Vaccination United Provinces of Agra and Oudh 1923-1928 - 1923-1928
Year: 1923
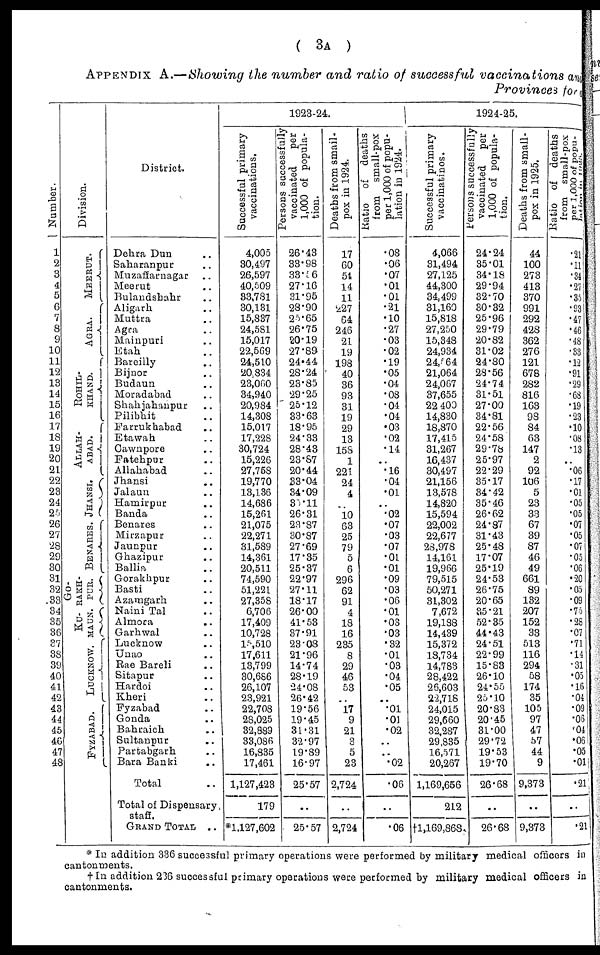
( 3A )
APPENDIX A.—Showing the number and ratio of successful vaccinations and
Provinces for
Number.
1
2
3
4
5
6
7
8
9
10
11
12
13
14
15
16
17
18
19
20
21
22
23
24
25
26
27
28
29
30
31
32
33
34
35
36
37
38
39
40
41
42
43
44
45
46
47
48
Division.
MEERUT.
AGRA.
ROHIL¬
KHAND.
ALLAH¬
----.
JHANSI.
BENARES.
GO¬
RAKH¬
PUR.
KU¬
MAUN.
LUCKNOW.
FYZABAD.
District.
Dehra Dun ..
Saharanpur ..
Muzaffarnagar ..
Meerut ..
Bulandshahr ..
Aligarh ..
Muttra ..
Agra ..
Mainpuri ..
Etah ..
Bareilly ..
Bijnor ..
Budaun ..
Moradabad ..
Shahjahanpur ..
Pilibhit ..
Farrukhabad ..
Etawah ..
Cawnpore ..
Fatehpur ..
Allahabad ..
Jhansi ..
Jalaun ..
Hamirpur ..
Banda ..
Benares ..
Mirzapur ..
Jaunpur ..
Ghazipur ..
Ballia ..
Gorakhpur ..
Basti ..
Azamgarh ..
Naini Tal ..
Almora ..
Garhwal ..
Lucknow ..
Unao ..
Rae Bareli ..
Sitapur ..
Hardoi ..
Kheri ..
Fyzabad ..
Gonda ..
Bahraich ..
Sultanpur ..
Partabgarh ..
Bara Banki ..
Total ..
Total of Dispensary
staff.
GRAND TOTAL ..
1923-24.
Successful primary
vaccinations.
4,005
30,497
26,597
40,509
33,781
30,131
15,837
24,581
15,017
22,569
24,510
20,834
23,060
34,940
20,984
14,308
15,017
17,228
30,724
15,226
27,758
19,770
13,136
14,686
15,261
21,075
22,271
31,589
14,361
20,511
74,590
51,221
27,358
6,706
17,409
10,728
15,510
17,611
13,799
30,686
26,107
23,921
22,708
28,025
32,889
33,086
16,835
17,461
1,127,423
179
*1,127,602
Persons successfully
vaccinated
per
1,000 of popula-
tion.
26.43
33.98
33.56
27.16
31.95
28.90
25.65
26.75
20.19
27.89
24.44
28.24
23.85
29.25
25.12
33.63
18.95
24.33
28.43
23.87
20.44
33.04
34.09
35.11
26.31
23.87
30.87
27.69
17.35
25.37
22.97
27.11
18.17
26.00
41.53
37.91
23.08
21.96
14.74
28.19
24.08
26.42
19.56
19.45
31.31
32.97
19.89
16.97
25.57
..
25.57
Deaths from small-
pox in 1924.
17
60
54
14
11
227
64
246
21
19
198
40
36
93
31
19
29
13
158
1
221
24
4
..
10
63
25
79
5
6
296
62
91
4
18
16
235
8
29
46
53
..
17
9
21
3
5
23
2,724
..
2,724
Ratio of deaths
from small-pox
per 1,000 of popu-
lation in 1924.
.08
.06
.07
.01
.01
.21
.10
.27
.03
.02
.19
.05
.04
.08
.04
.04
.03
.02
.14
..
.16
.04
.01
..
.02
.07
.03
.07
.01
.01
.09
.03
.06
.01
.03
.03
.32
.01
.03
.04
.05
..
.01
.01
.02
..
..
.02
.06
..
.06
1924-25.
Successful primary
vaccinatinos.
4,066
31,494
27,125
44,300
34,499
31,160
15,818
27,250
15,348
24,934
24,564
21,064
24,067
37,655
22,400
14,830
18,870
17,415
31,267
16,437
30,497
21,156
13,578
14,820
15,594
22,002
22,677
28,978
14,161
19,966
79,515
50,271
31,302
7,672
19,188
14,439
15,372
18,734
14,783
28,422
26,603
22,718
24,015
29,660
32,287
29,835
16,571
20,267
1,169,656
212
†1,169,868
Persons successfully
vaccinated
per
1,000 of popula-
tion.
24.24
35.01
34.18
29.94
32.70
30.32
25.96
29.79
20.82
31.02
24.80
23.56
24.74
31.51
27.00
34.81
22.56
24.58
29.78
25.97
22.29
35.17
34.42
35.46
26.62
24.87
31.43
25.48
17.07
25.19
24.53
26.75
20.65
35.21
52.35
44.43
24.51
22.99
15.83
26.10
24.55
25.10
20.83
20.45
31.00
29.72
19.53
19.70
26.68
..
26.68
Deaths from small-
pox in 1925.
44
100
273
413
370
991
292
428
362
276
121
678
282
816
163
98
84
63
147
2
92
106
5
23
33
67
39
87
46
49
661
89
132
207
152
33
513
116
294
58
174
35
105
97
47
57
44
9
9,373
..
9,373
Ratio of deaths
from small-pox
per
1,000
of
popu¬
lation
in
1925.
.21
.11
.34
.27
.35
.93
.47
.46
.48
.33
.12
.91
.29
.63
.19
.23
.10
.08
.13
..
.06
.17
.01
.05
.05
.07
.05
.07
.05
.06
.20
.05
.09
.75
.28
.07
.71
.14
.31
.05
.16
.04
.09
.06
.04
.06
.05
.01
.21
..
.21
* In addition 336 successful primary operations were performed by military medical officers in
cantonments.
† In addition 236 successful primary operations were performed by military medical officers in
cantonments.